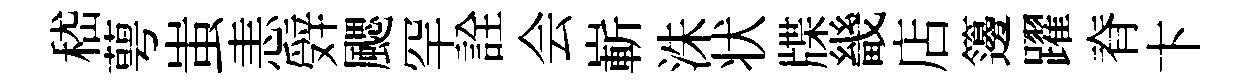
嵇萼蚩恚辤颸罕詮会嶄洙状牒畿店籩躍脊卞